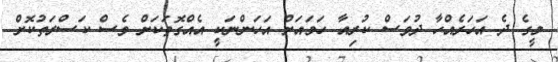
މީގެ ދެ އަހަރެއްހާ ދުވަސް ކުރިއާ ހަމައަށް އަހަންނަކީ އެއްގޮތަކަށް ވެސް ކަސްރަތުކޮށް